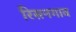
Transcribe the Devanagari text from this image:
रिसनगाव